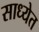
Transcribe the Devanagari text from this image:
साध्येत